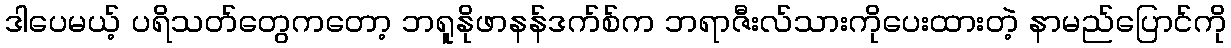
ဒါပေမယ့် ပရိသတ်တွေကတော့ ဘရူနိုဖာနန်ဒက်စ်က ဘရာဇီးလ်သားကိုပေးထားတဲ့ နာမည်ပြောင်ကို